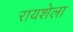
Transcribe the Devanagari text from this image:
रायशेला